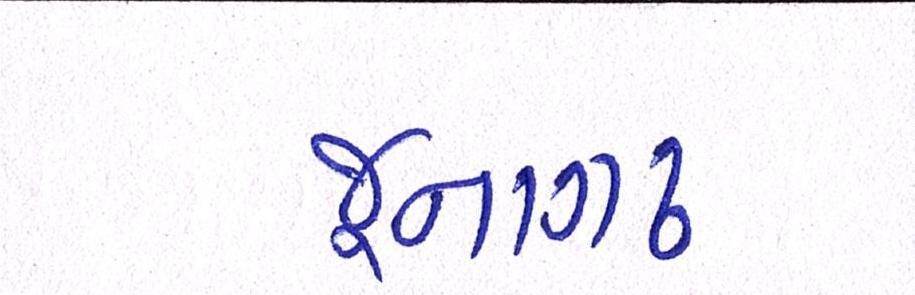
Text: જૂનાગઢ